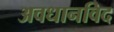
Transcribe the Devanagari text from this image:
अवधानविद